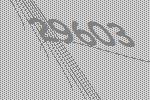
29603